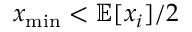
x _ { \operatorname* { m i n } } < \mathbb { E } [ x _ { i } ] / 2